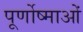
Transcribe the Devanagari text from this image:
पूर्णोष्माओं